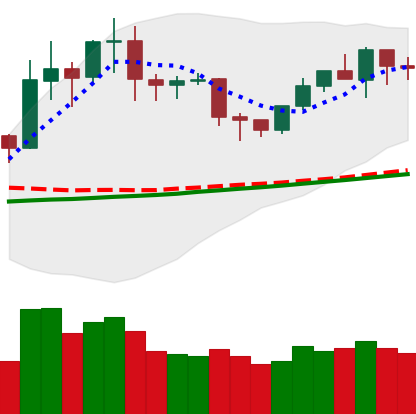
Ticker: NEO-USD
Chart end date: 2020-02-01
Forward return: 12.554%
Label: up_7plus